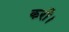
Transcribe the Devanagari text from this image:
करौ।